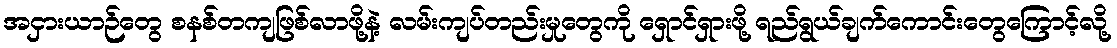
အငှားယာဉ်တွေ စနစ်တကျဖြစ်လာဖို့နဲ့ လမ်းကျပ်တည်းမှုတွေကို ရှောင်ရှားဖို့ ရည်ရွယ်ချက်ကောင်းတွေကြောင့်လို့